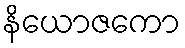
နိယောဇကော